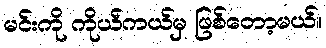
မင်းကို ကိုယ်ကယ်မှ ဖြစ်တော့မယ်။